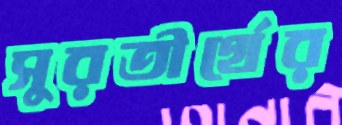
সুরতীর্থের